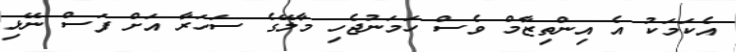
އެކަމަކު އެ އިންތިޒާމް ވެސް ހަމަނުޖެހި މާލޭގެ ސަހަރާ އަށް ފަސް ނޭޅި